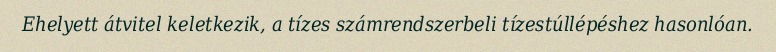
Ehelyett átvitel keletkezik, a tízes számrendszerbeli tízestúllépéshez hasonlóan.